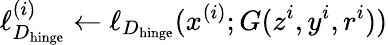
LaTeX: \ell_{D_{\mathrm{hinge}}}^{(i)}\leftarrow\ell_{D_{\mathrm{hinge}}}(x^{(i)};G(z^{i},y^{i},r^{i}))